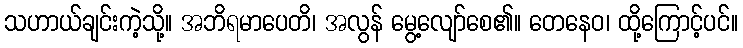
သဟာယ်ချင်းကဲ့သို့။ အဘိရမာပေတိ၊ အလွန် မွေ့လျော်စေ၏။ တေနေဝ၊ ထို့ကြောင့်ပင်။